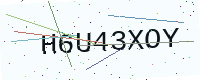
Text: H6U43XOY